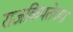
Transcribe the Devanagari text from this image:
राजकियतेच्या